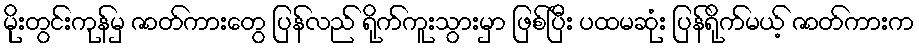
မိုးတွင်းကုန်မှ ဇာတ်ကားတွေ ပြန်လည် ရိုက်ကူးသွားမှာ ဖြစ်ပြီး ပထမဆုံး ပြန်ရိုက်မယ့် ဇာတ်ကားက